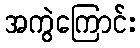
အကွဲကြောင်း